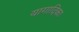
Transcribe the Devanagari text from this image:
यागादिकाः